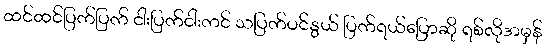
ထင်ထင်ပြက်ပြက် ငါးပြက်ငါးကင် သပြက်ပင်နွယ် ပြက်ရယ်ပြောဆို ရစ်လိုအမှန်